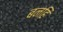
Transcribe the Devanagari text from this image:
बनहि